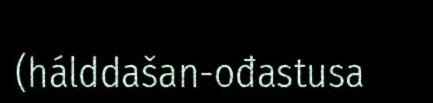
(hálddašan-ođastusa